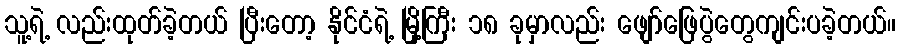
သူ့ရဲ့ လည်းထုတ်ခဲ့တယ် ပြီးတော့ နိုင်ငံရဲ့ မြို့ကြီး ၁၈ ခုမှာလည်း ဖျော်ဖြေပွဲတွေကျင်းပခဲ့တယ်။